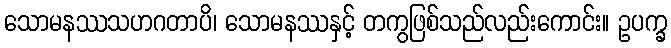
သောမနဿသဟဂတာပိ၊ သောမနဿနှင့် တကွဖြစ်သည်လည်းကောင်း။ ဥပက္ခ